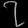
Digit: ၇